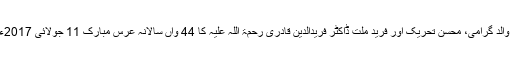
شیخ الاسلام ڈاکٹر محمد طاہرالقادری کے والد گرامی، محسن تحریک اور فرید ملت ڈاکٹر فریدالدین قادری رحمۃ اللہ علیہ کا 44 واں سالانہ عرس مبارک 11 جولائی 2017ء کو بستی لوہلے شاہ جھنگ صدر میں ہوا۔